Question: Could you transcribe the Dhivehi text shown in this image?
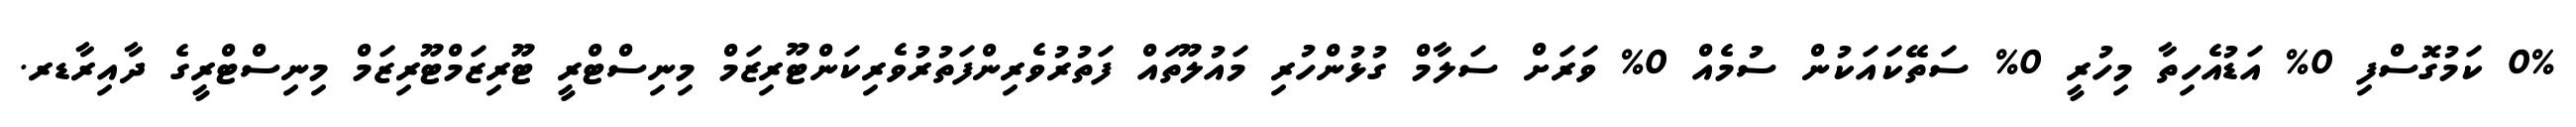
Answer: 0% ކަމުގޮސްފި 0% އަޑުއެހިތާ މިހުރީ 0% ސަތޭކައަކުން ސުމެއް 0% ވަރަށް ސަލާމް ގުޅުންހުރި މައުލޫތައް ފަތުރުވެރިންފަތުރުވެރިކަންޓޫރިޒަމް މިނިސްޓްރީ ޓޫރިޒަމްޓޫރިޒަމް މިނިސްޓްރީގެ ދާއިރާޑރ.